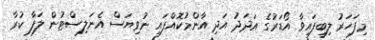
މިފަހަރު ލިބިފައިވާ އޯޑަރުގެ އަދަދު އަދި އާންމުކޮއްފައި ނުވިޔަސް އެނަލިސްޓުން ލަފާ ކުރާ